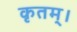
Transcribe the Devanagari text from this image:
कृतम्।